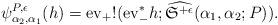
LaTeX: \begin{align*}\psi^{P,\epsilon}_{\alpha_2,\alpha_1}(h)={\rm ev}_{+}!({\rm ev}_{-}^* h;\widehat{\frak S^{+ \epsilon}}(\alpha_1,\alpha_2;P)).\end{align*}